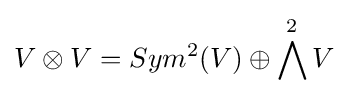
V\otimes V=Sym^{2}(V)\oplus \bigwedge ^{2}V